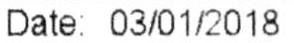
DATE: 03/01/2018